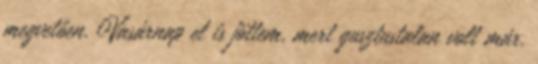
megvetően. Vasárnap el is jöttem, mert gusztustalan volt már.